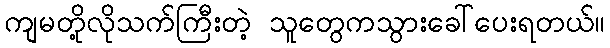
ကျမတို့လိုသက်ကြီးတဲ့ သူတွေကသွားခေါ်ပေးရတယ်။